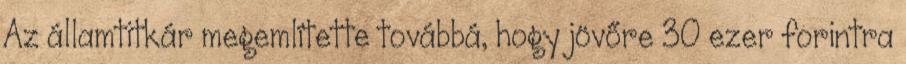
Az államtitkár megemlítette továbbá, hogy jövőre 30 ezer forintra